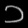
Digit: ၁